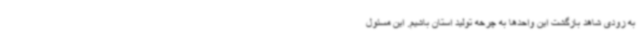
به زودی شاهد بازگشت این واحدها به چرخه تولید استان باشیم. این مسئول